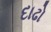
દાઢો